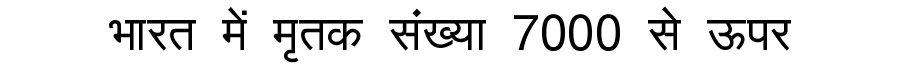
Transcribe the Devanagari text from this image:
भारत में मृतक संख्या 7000 से ऊपर